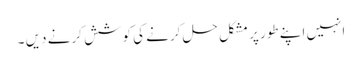
انہیں اپنے طور پر مشکل حل کرنے کی کوشش کرنے دیں ۔